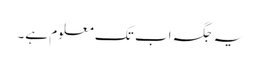
یہ جگہ اب تک معلوم ہے۔